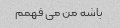
باشه من می فهمم